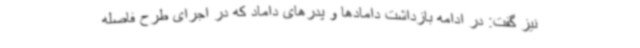
نیز گفت: در ادامه بازداشت دامادها و پدرهای داماد که در اجرای طرح فاصله